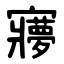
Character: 㝱